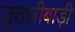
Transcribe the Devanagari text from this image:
जुठलीबाड़ी